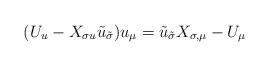
LaTeX: \begin{align*}(U_u-X_{\sigma u}\tilde{u}_{\tilde{\sigma}})u_{\mu}=\tilde{u}_{\tilde{\sigma}}X_{\sigma, \mu}-U_{\mu}\end{align*}